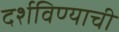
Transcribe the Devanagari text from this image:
दर्शविण्याची